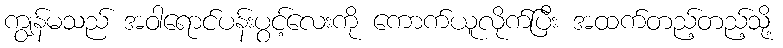
ကျွန်မသည် အဝါရောင်ပန်းပွင့်လေးကို ကောက်ယူလိုက်ပြီး အထက်တည့်တည့်သို့